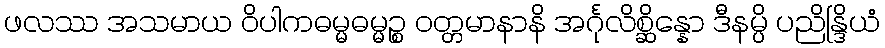
ဖလဿ အသမာယ ဝိပါကဓမ္မဓမ္မဉ္စ ဝတ္တမာနာနိ အင်္ဂုလိစ္ဆိန္နော ဒီနမ္ပိ ပညိန္ဒြိယံ